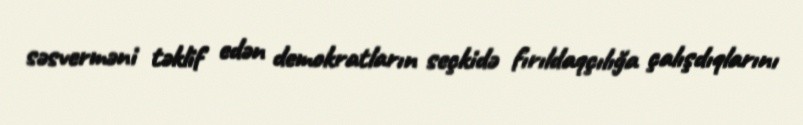
səsverməni təklif edən demokratların seçkidə fırıldaqçılığa çalışdıqlarını